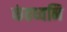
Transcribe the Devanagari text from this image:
कंठध्वनि